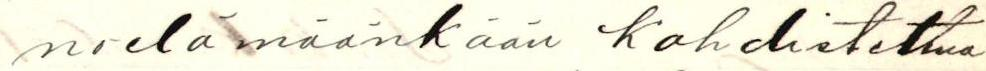
noelämäänkään kohdistettua